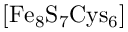
\mathrm { [ F e _ { 8 } S _ { 7 } C y s _ { 6 } ] }